Statistical return of the lunatic asylum in Assam - 1912-1932
Year: 1912
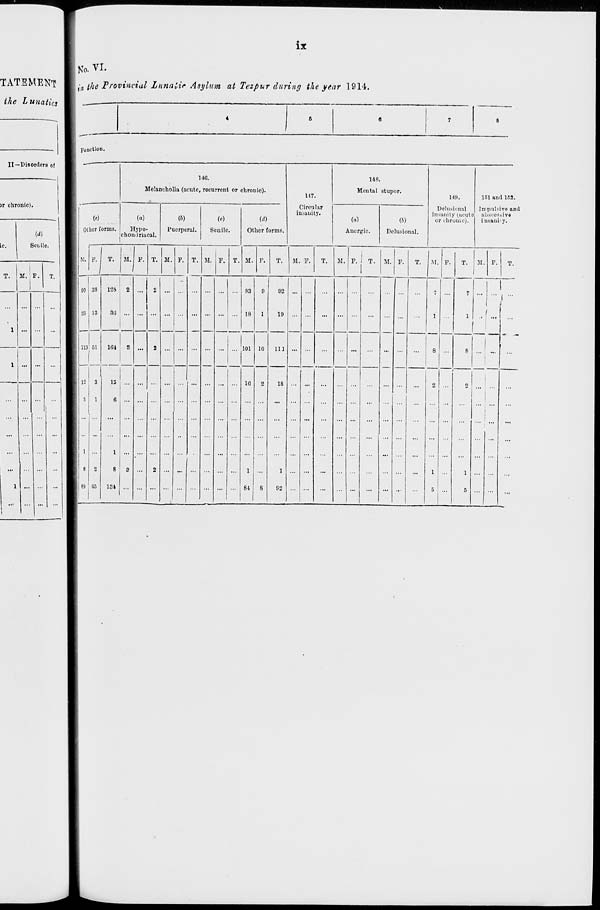
IX
TATEMENT
the Lunatics
No. VI.
:- the Provincial Lunatic Asylum at Tezpur during the year 1914.
Function.
II—Disorders of
146.
Melancholia (acute, rocurrent or chronic).
117
148.
Mental stupor.
149.
151 and 182.
M
Other forms.
(a)
Hypo-
chondriaoal.
(6)
Puerperal.
Senile.
(d)
Other forms.
Circular
Insanity.
(a)
Anurgic.
(b)
Delusional.
Delusional
insanity (.acute
or chronic).
Impulsive and
absoes.-ive
iusani'y.
i
M.
80
&
113
12
5
1
e
89
P.
T.
M F. T. M. F. T. M. F. T. M. P.
T.
M. F.
T.
M.
I
F. 1 T.
1
M. F.
T.
M. F.
T.
M. F.
T.
38
13
61
3
1
2
45
128
3ti
164
15
6
1
8
184
2
2
a
...
2
2
2
■■
... ...
...
83
18
Z;
16
1
84
9
1
10
2
8
02
19
...
...
...
...
—
1
8
...
7
1
'"
1 ...
( "
i
111
...
...
...
...
8
|
18
1
92
...
...
2
1
5
...
2
1
5
...
...
-